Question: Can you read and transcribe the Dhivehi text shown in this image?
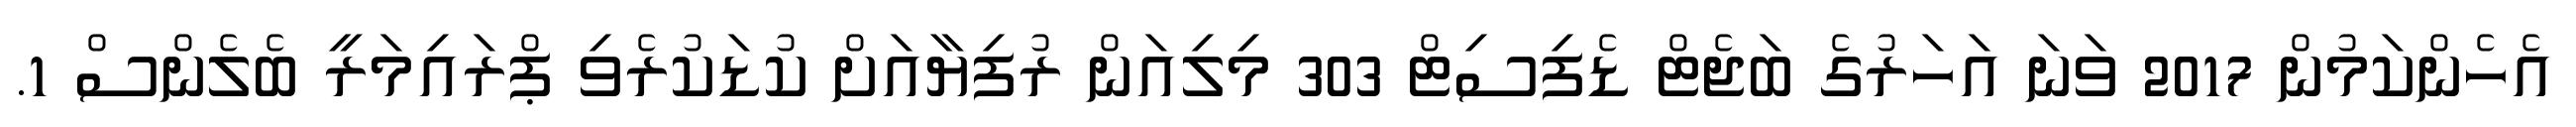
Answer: އެހެންކަމުން 2017 ވަނަ އަހަރުގެ ބަޖެޓް ޑެފިސިޓް 303 މިލިއަން ރުފިޔާއަށް ކުޑަކުރެވި ޕްރައިމަރީ ބެލެންސް 1.